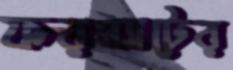
ফরম্যাটের